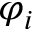
\varphi _ { i }